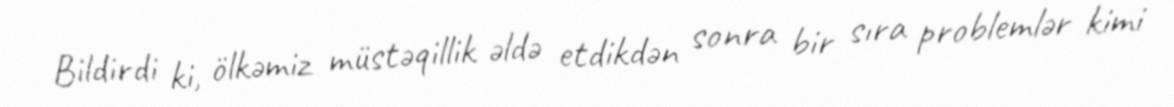
Bildirdi ki, ölkəmiz müstəqillik əldə etdikdən sonra bir sıra problemlər kimi